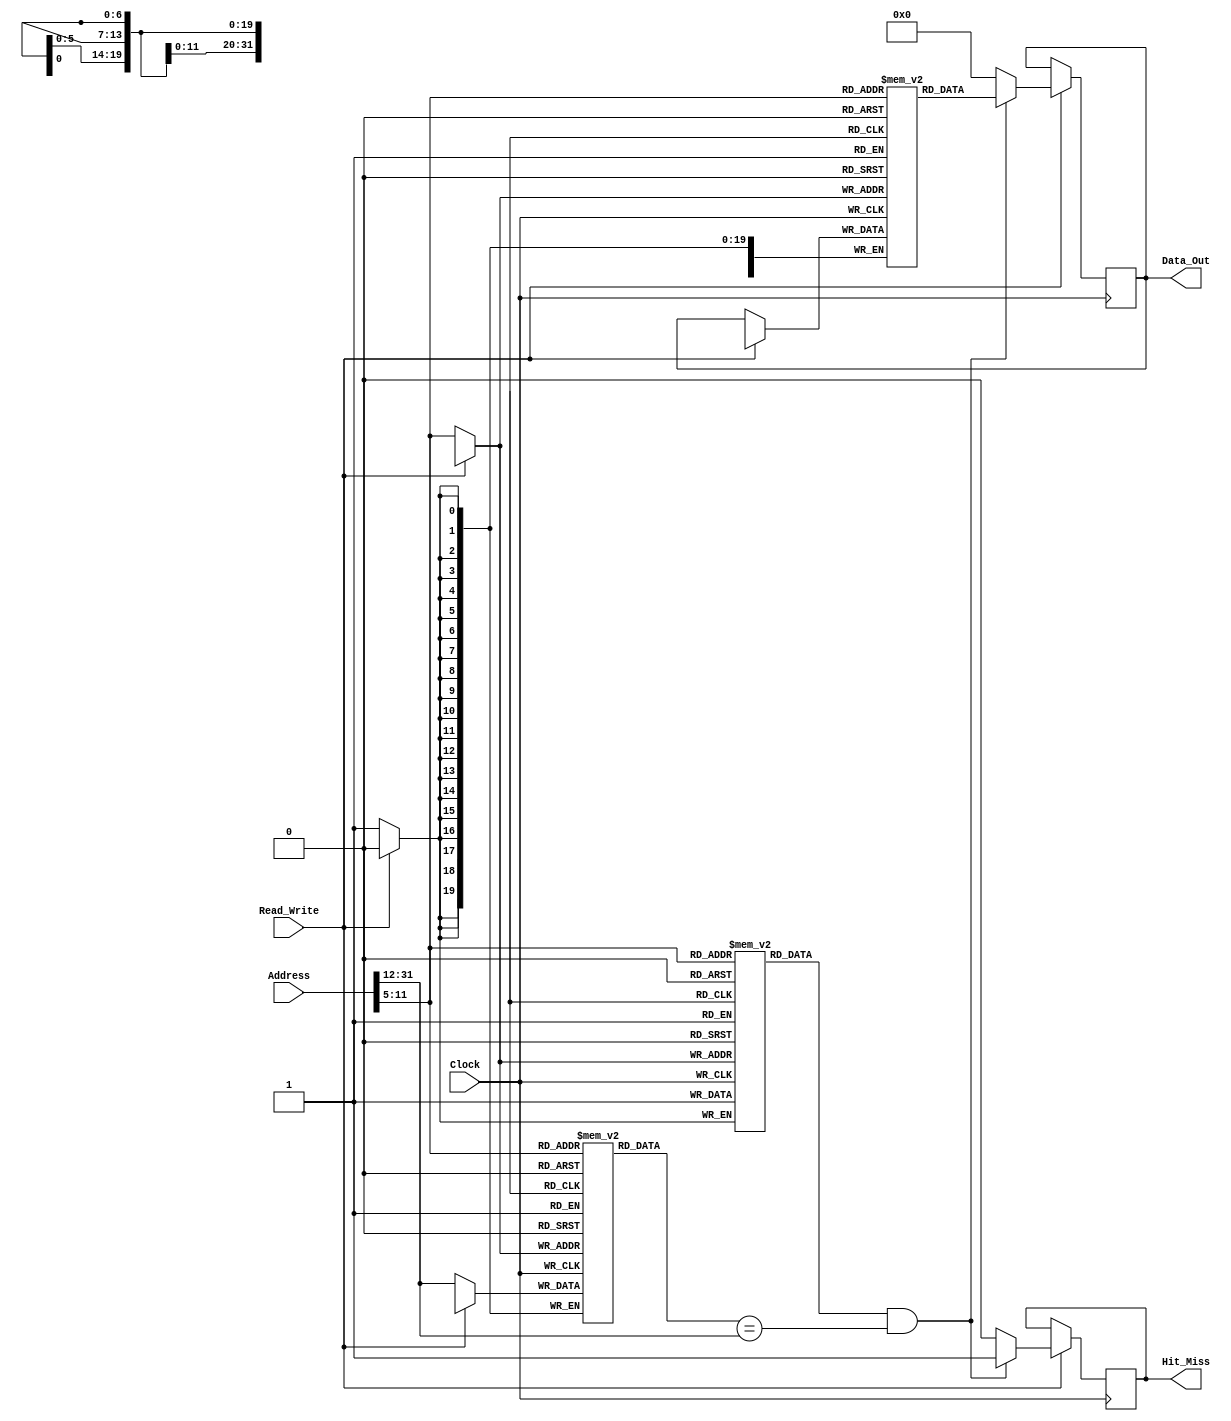
module InstructionCache #(
    parameter CACHE_SIZE = 4096,   // 4 KB
    parameter BLOCK_SIZE = 32,      // 32 bytes per block
    parameter NUM_SETS = CACHE_SIZE / BLOCK_SIZE,  // Number of sets
    parameter ADDR_WIDTH = 32       // Address width
) (
    input  wire [ADDR_WIDTH-1 : 0] Address,     // Instruction address
    input  wire        Read_Write,                // Read/Write control
    input  wire        Clock,                      // Clock signal
    output reg [BLOCK_SIZE-1 : 0] Data_Out,      // Data Output
    output reg        Hit_Miss                    // Hit or Miss indicator
);

    // Calculate the number of bits needed
    localparam INDEX_WIDTH = $clog2(NUM_SETS);
    localparam OFFSET_WIDTH = $clog2(BLOCK_SIZE);
    localparam TAG_WIDTH = ADDR_WIDTH - (INDEX_WIDTH + OFFSET_WIDTH);

    // Cache structures
    reg [BLOCK_SIZE-1 : 0] Cache_Data [0:NUM_SETS-1]; // Cache data array
    reg [TAG_WIDTH-1 : 0] Tag_Array [0:NUM_SETS-1];   // Tag storage
    reg Valid_Array [0:NUM_SETS-1];                   // Valid bits

    // Parse the address
    wire [TAG_WIDTH-1 : 0] Tag = Address[ADDR_WIDTH-1 : ADDR_WIDTH - TAG_WIDTH];
    wire [INDEX_WIDTH-1 : 0] Index = Address[OFFSET_WIDTH +: INDEX_WIDTH];
    wire [OFFSET_WIDTH-1 : 0] Offset = Address[OFFSET_WIDTH-1 : 0];

    // Read operation
    always @(posedge Clock) begin
        if (Read_Write == 1) begin // Read operation
            if (Valid_Array[Index] && (Tag_Array[Index] == Tag)) begin
                // Cache Hit
                Data_Out <= Cache_Data[Index];
                Hit_Miss <= 1'b1;
            end else begin
                // Cache Miss
                Hit_Miss <= 1'b0;
                // Fetch from main memory - Placeholder (not implemented)
                // In actual implementation you would handle memory fetch here

                // For simulation purpose, we can just set Data_Out to some value
                Data_Out <= {BLOCK_SIZE{1'b0}}; // Placeholder data
            end
        end else begin
            // Write operation
            // For simplicity, write-through policy
            Cache_Data[Index] <= Data_Out; // Write to cache
            Tag_Array[Index] <= Tag;        // Update tag
            Valid_Array[Index] <= 1'b1;     // Set valid bit
        end
    end

    // Reset logic can be added if needed, to initialize the cache

endmodule